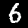
Digit: 6